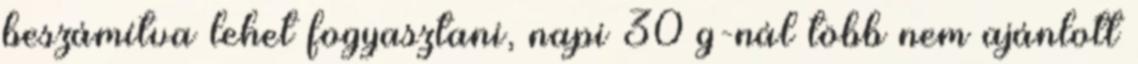
beszámítva lehet fogyasztani, napi 30 g-nál több nem ajánlott